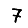
Digit: 7